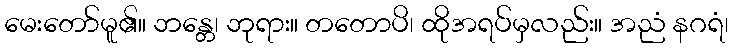
မေးတော်မူ၏။ ဘန္တေ၊ ဘုရား။ တတောပိ၊ ထိုအရပ်မှလည်း။ အညံ နဂရံ၊